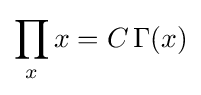
\prod _{x}x=C\,\Gamma (x)